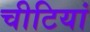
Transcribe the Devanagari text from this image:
चीटियां